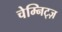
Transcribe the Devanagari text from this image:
चेम्निट्ज़